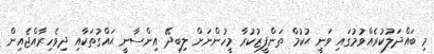
މި ބައްދަލުކުރެއްވުމުގައި ވަނީ ޙުކުމް ތަންފީޒުކުރާ މީހުންނަށް ލިބިދޭ އިންސާނީ ޙައްގުތަކާއި ދިވެހިރާއްޖެއިން